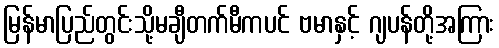
မြန်မာပြည်တွင်းသို့မချီတက်မီကပင် ဗမာနှင့် ဂျပန်တို့အကြား